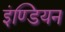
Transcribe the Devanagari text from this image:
इंण्डियन